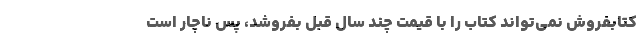
کتابفروش نمی‌تواند کتاب را با قیمت چند سال قبل بفروشد، پس ناچار است